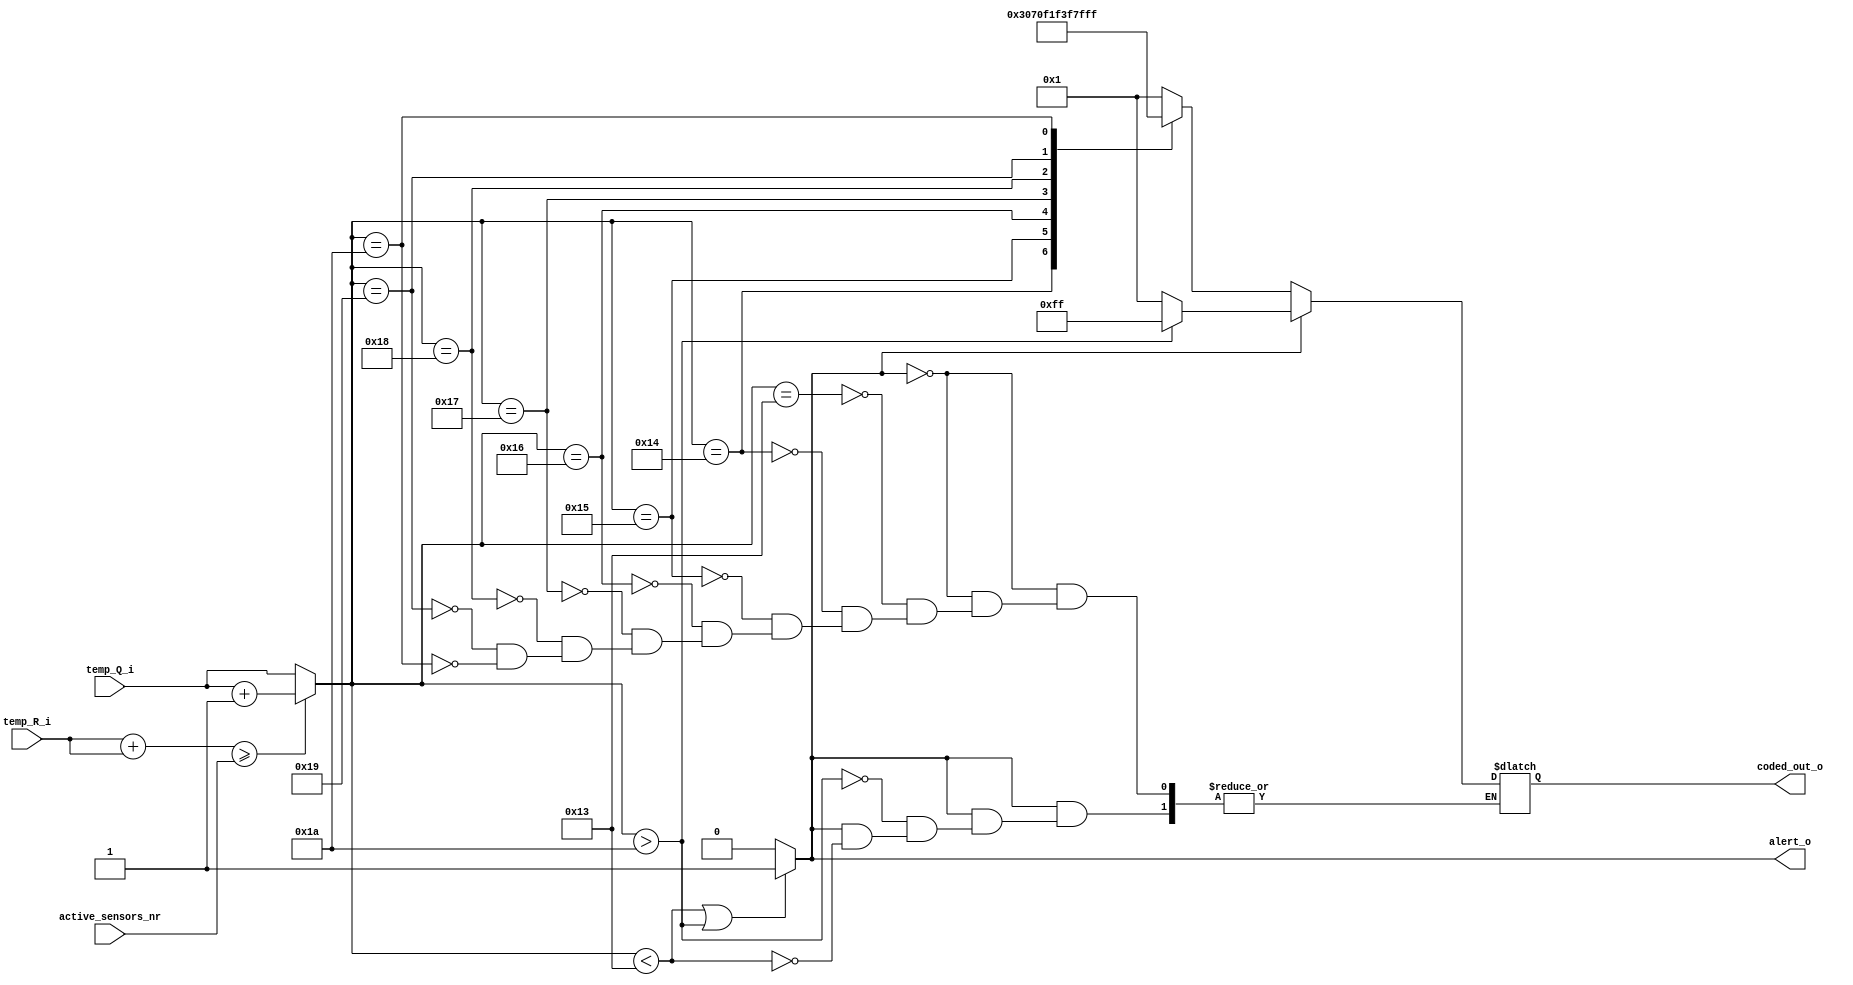
`timescale 1ns / 1ps

module output_display(
	output reg [7:0] coded_out_o, // semnalul codificat pentru iesire
	output reg    alert_o, 	  // semnalul de alerta, pentru iesirea in afara intervalului [19:26]
	input [15:0] temp_Q_i,    // catul din division med. aritm.
	input [15:0] temp_R_i,	  // restul din division med. aritm.
	input  [7:0] active_sensors_nr); // numarul de senzori activi med. aritm.
	
	reg [15:0] raw_output_data; // ce se intampla cu coded_out_o?
	
	always @(*)
		begin
			
			// aproximarea valorii temperaturii in functie de prima zecimala
			
			if(temp_R_i + temp_R_i >= active_sensors_nr) // daca dublul restului este mai mare decat impartitorul, 
				begin													// inseamna ca prima zecimala este mai mare decat 5, deci aproximarea va fi la urmatorul intreg
					raw_output_data = temp_Q_i + 1;
				end
			else
				begin
					raw_output_data = temp_Q_i;
				end
					
			if(raw_output_data < 19 || raw_output_data > 26) // daca valoarea output e in afara range-ului, se activeaza semnalul de alerta
				begin
					alert_o = 1;
				end
			else
				begin
					alert_o = 0;
				end
			
			case(alert_o)
			
			1: begin									// codificarea semnalului pentru valorile din afara intervalului acceptat
					if(raw_output_data < 19)
						begin
							coded_out_o = 8'b0000_0001;
						end
					if(raw_output_data > 26)
						begin
							coded_out_o = 8'b1111_1111;
						end
				end
				
			0: begin
					
					case(raw_output_data) // codificare semnal conform tabelului de valori
						
						19: coded_out_o = 8'b0000_0001;
						
						20: coded_out_o = 8'b0000_0011;
						
						21: coded_out_o = 8'b0000_0111;
						
						22: coded_out_o = 8'b0000_1111;
						
						23: coded_out_o = 8'b0001_1111;
						
						24: coded_out_o = 8'b0011_1111;
						
						25: coded_out_o = 8'b0111_1111;
						
						26: coded_out_o = 8'b1111_1111;				
					
					endcase
				
				end
			
			endcase
				
			
			
		end
	


endmodule